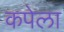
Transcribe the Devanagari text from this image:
कपेला